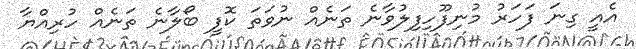
އެއީ ގިނަ ފަހަރު މުނިފޫހިފިލުވާނެ ތަނެއް ނުވަތަ ކޮފީ ބޯލާނެ ތަނެއް ހުރިއްޔާ